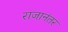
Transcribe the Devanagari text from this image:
राजानंतर